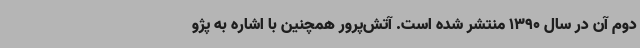
دوم آن در سال 1390 منتشر شده است. آتش‌پرور همچنین با اشاره به پژو